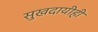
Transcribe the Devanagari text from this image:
सुखदायीही